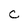
Character: C